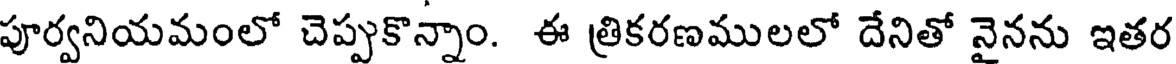
పూర్వనియమంలో చెప్పుకొన్నాం. ఈ త్రికరణములలో దేనితో నైనను ఇతర